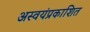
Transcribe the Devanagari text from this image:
अस्वयंप्रकाशित